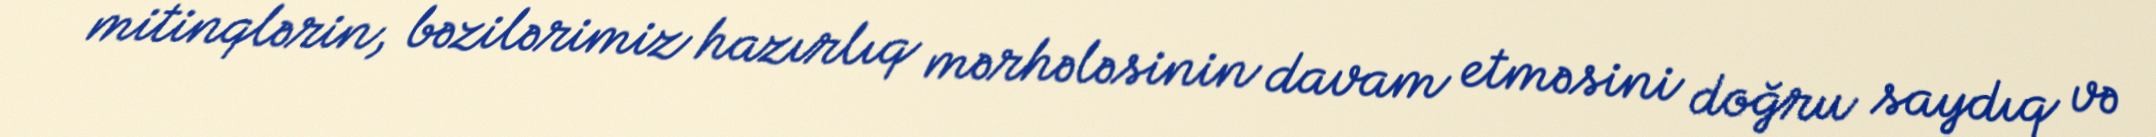
mitinqlərin, bəzilərimiz hazırlıq mərhələsinin davam etməsini doğru saydıq və